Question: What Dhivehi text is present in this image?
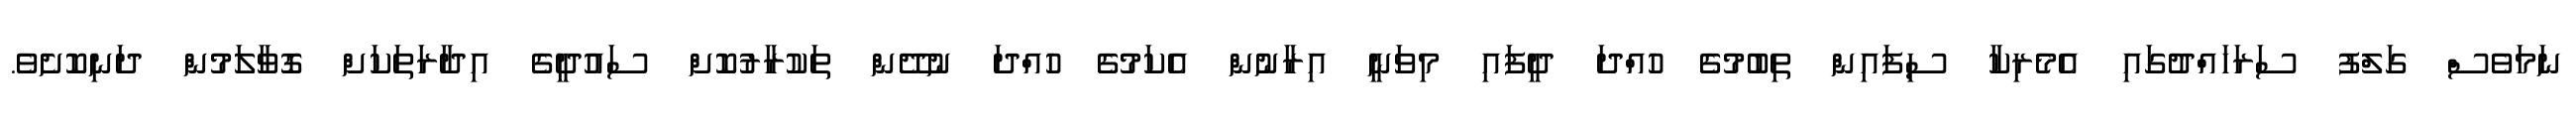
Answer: ނަމަވެސް ގަލްފު ސަރަހައްދުގައި އެމެރިކާ ސިފައިން ތިބުމުގެ ހުއްދަ ދީފައި މިވަނީ އިރާނުން އެކަމުގެ ހުއްދަ ނުދޭން ތަކުރާރުކޮށް ސައުދީގެ އިދާރަތަކަށް ގޮވާލަމުން ދަނިކޮށެވެ.